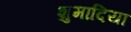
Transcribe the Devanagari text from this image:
शुमादिया